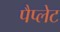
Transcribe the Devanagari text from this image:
पैप्लेट